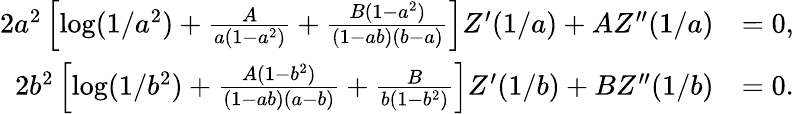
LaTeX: \begin{array}{rl}{2a^{2}\left[\log(1/a^{2})+{\frac{A}{a(1-a^{2})}}+{\frac{B(1-a^{2})}{(1-ab)(b-a)}}\right]Z^{\prime}(1/a)+AZ^{\prime\prime}(1/a)}&{=0,}\\ {2b^{2}\left[\log(1/b^{2})+{\frac{A(1-b^{2})}{(1-ab)(a-b)}}+{\frac{B}{b(1-b^{2})}}\right]Z^{\prime}(1/b)+BZ^{\prime\prime}(1/b)}&{=0.}\end{array}